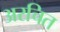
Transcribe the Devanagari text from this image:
अरचित